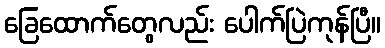
ခြေထောက်တွေလည်း ပေါက်ပြဲကုန်ပြီ။